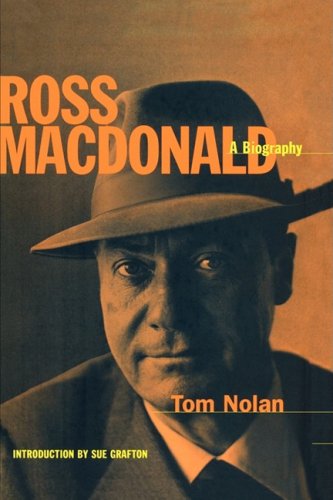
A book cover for Ross MacDonald : A Biography; Tom Nolan; Mystery, Thriller & Suspense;